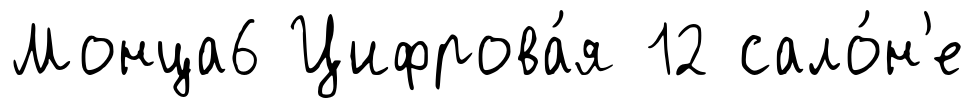
Монца6 Цифрова́я 12 сало́н'е